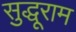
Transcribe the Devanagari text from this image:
सुद्धूराम